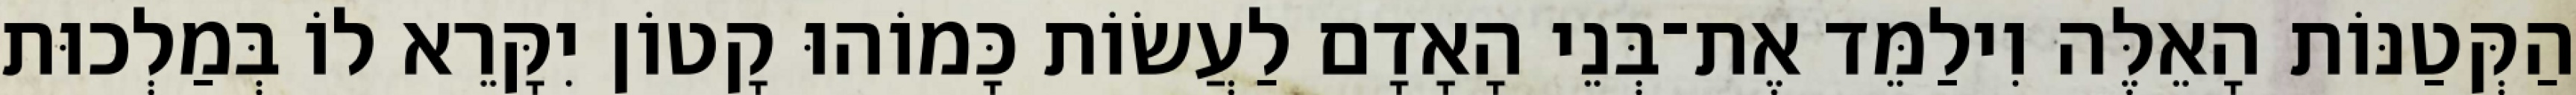
הַקְּטַנּוֹת הָאֵלֶּה וִילַמֵּד אֶת־בְּנֵי הָאָדָם לַעֲשׂוֹת כָּמוֹהוּ קָטוֹן יִקָּרֵא לוֹ בְּמַלְכוּת